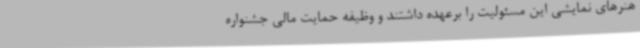
هنرهای نمایشی این مسئولیت را برعهده داشتند و وظیفه حمایت مالی جشنواره